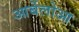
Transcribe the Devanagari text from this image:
आर्बेलोआ